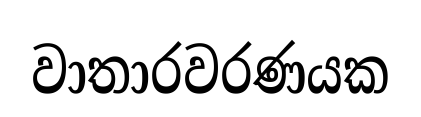
වාතාරවරණයක